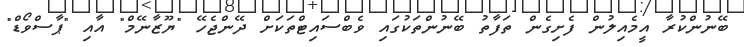
ބޭނުންކުރާ އީމެއިލުން ފެށިގެން ތަފާތު ބޭނުންތަކުގައި ވެބްސައިޓްތަކަށް ދޭންޖެހޭ "ޔޫޒާނޭމް" އާއި "ޕާސްވޯޑް"